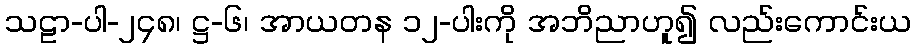
သဠာ-ပါ-၂၄၈၊ ဋ္ဌ-၆၊ အာယတန ၁၂-ပါးကို အဘိညာဟူ၍ လည်းကောင်းယ